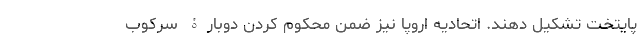
پایتخت تشکیل دهند. اتحادیه اروپا نیز ضمن محکوم کردن دوبارۀ سرکوب